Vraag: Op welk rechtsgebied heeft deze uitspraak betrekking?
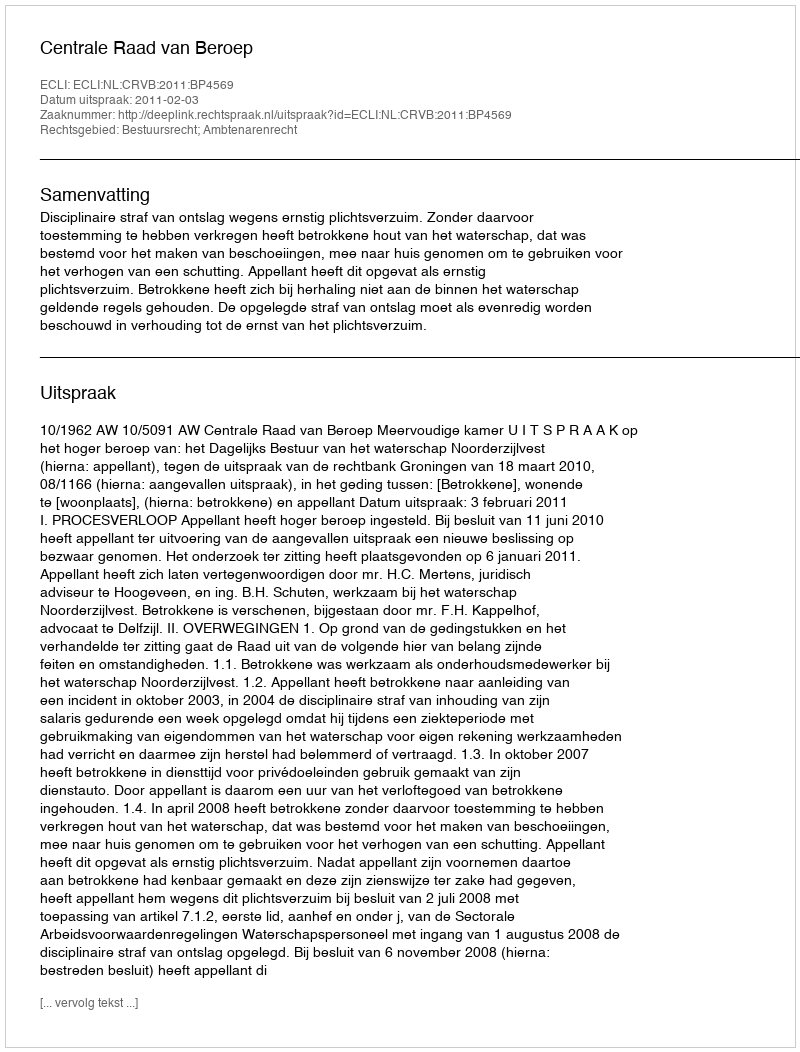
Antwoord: Bestuursrecht; Ambtenarenrecht